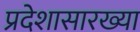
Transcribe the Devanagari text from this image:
प्रदेशासारख्या